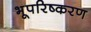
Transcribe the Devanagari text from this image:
भूपरिष्करण